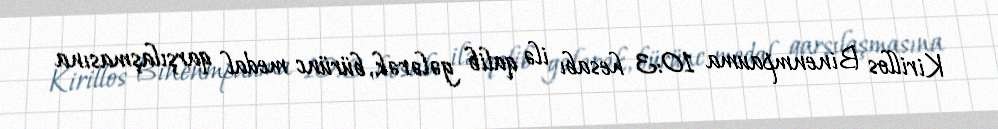
Kirillos Binenmpauma 10:3 hesabı ilə qalib gələrək, bürünc medal qarşılaşmasına